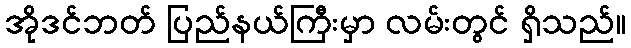
အိုဒင်ဘတ် ပြည်နယ်ကြီးမှာ လမ်းတွင် ရှိသည်။